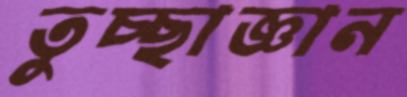
তুচ্ছাজ্ঞান